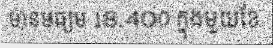
មានមធ្យម 18.400 ក្នុងមួយខែ